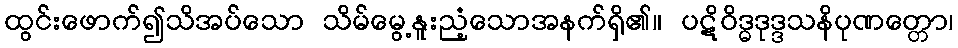
ထွင်းဖောက်၍သိအပ်သော သိမ်မွေ့နူးညံ့သောအနက်ရှိ၏။ ပဋိဝိဒ္ဓဒုဒ္ဒသနိပုဏတ္တော၊